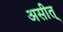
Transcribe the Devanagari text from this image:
असीत्